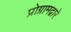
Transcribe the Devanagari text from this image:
प्रोग्रामद्वारे